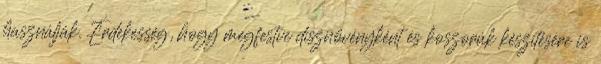
használják. Érdekesség, hogy megfestve dísznövényként és koszorúk készítésére is